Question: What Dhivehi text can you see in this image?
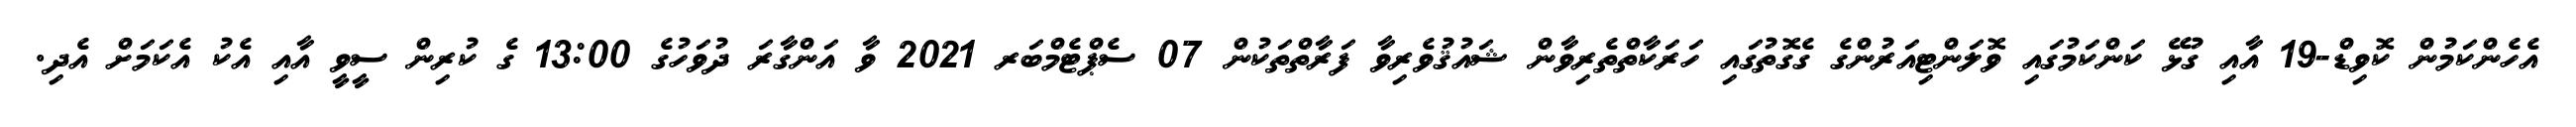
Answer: އެހެންކަމުން ކޮވިޑް-19 އާއި ގުޅޭ ކަންކަމުގައި ވޮލަންޓިއަރުންގެ ގެގޮތުގައި ހަރަކާތްތެރިވާން ޝައުޤުވެރިވާ ފަރާތްތަކުން 07 ސެޕްޓެމްބަރ 2021 ވާ އަންގާރަ ދުވަހުގެ 13:00 ގެ ކުރިން ސީވީ އާއި އެކު އެކަމަށް އެދި.